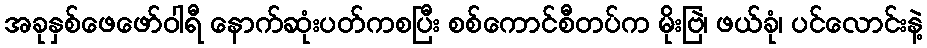
အခုနှစ်ဖေဖော်ဝါရီ နောက်ဆုံးပတ်ကစပြီး စစ်ကောင်စီတပ်က မိုးဗြဲ၊ ဖယ်ခုံ၊ ပင်လောင်းနဲ့